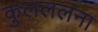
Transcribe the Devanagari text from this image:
कुलललना